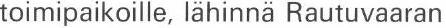
toimipaikoille, lähinnä Rautuvaaran